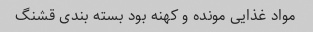
مواد غذایی مونده و کهنه بود بسته بندی قشنگ